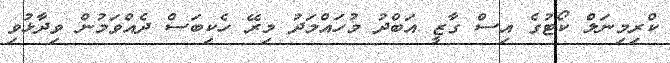
ކްރިމިނަލް ކޯޓުގެ އިސް ގާޒީ އަބްދު މުހައްމަދު މިރޭ ހެކިބަސް ދެއްވަމުން ވިދާޅުވި